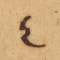
٤